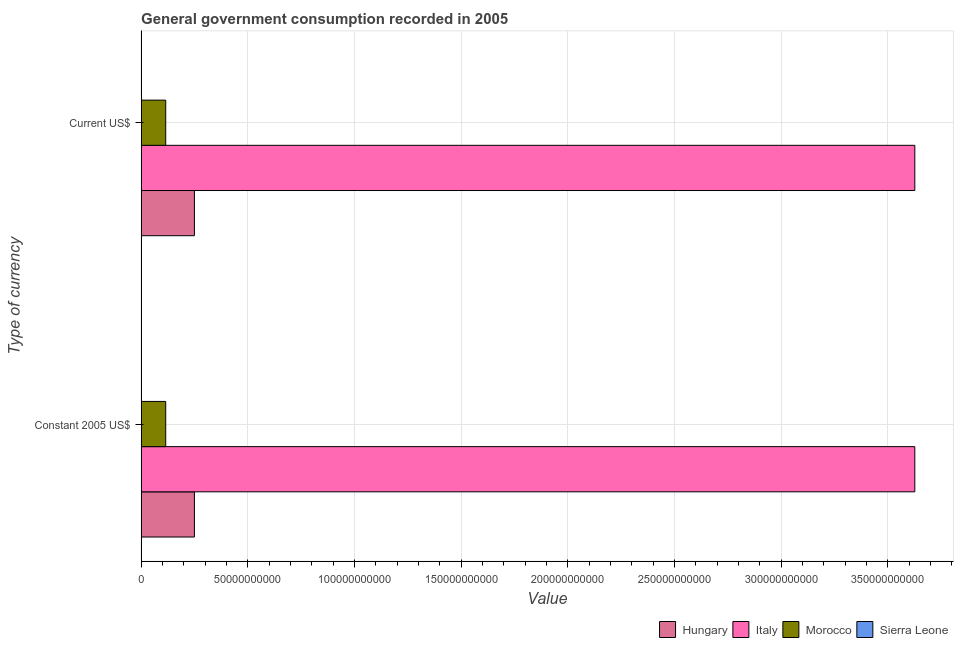
| Type of currency | Hungary | Italy | Morocco | Sierra Leone |
 | --- | --- | --- | --- | --- |
 | Constant 2005 US$ | 2.5e+10 | 3.63e+11 | 1.15e+10 | 1.63e+08 |
 | Current US$ | 2.5e+10 | 3.63e+11 | 1.15e+10 | 1.63e+08 |